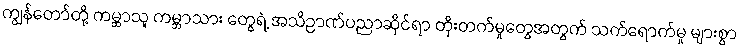
ကျွန်တော်တို့ ကမ္ဘာသူ ကမ္ဘာသား တွေရဲ့ အသိဉာဏ်ပညာဆိုင်ရာ တိုးတက်မှုတွေအတွက် သက်ရောက်မှု များစွာ